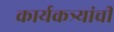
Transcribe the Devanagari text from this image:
कार्यकत्र्यांची